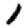
Digit: 1